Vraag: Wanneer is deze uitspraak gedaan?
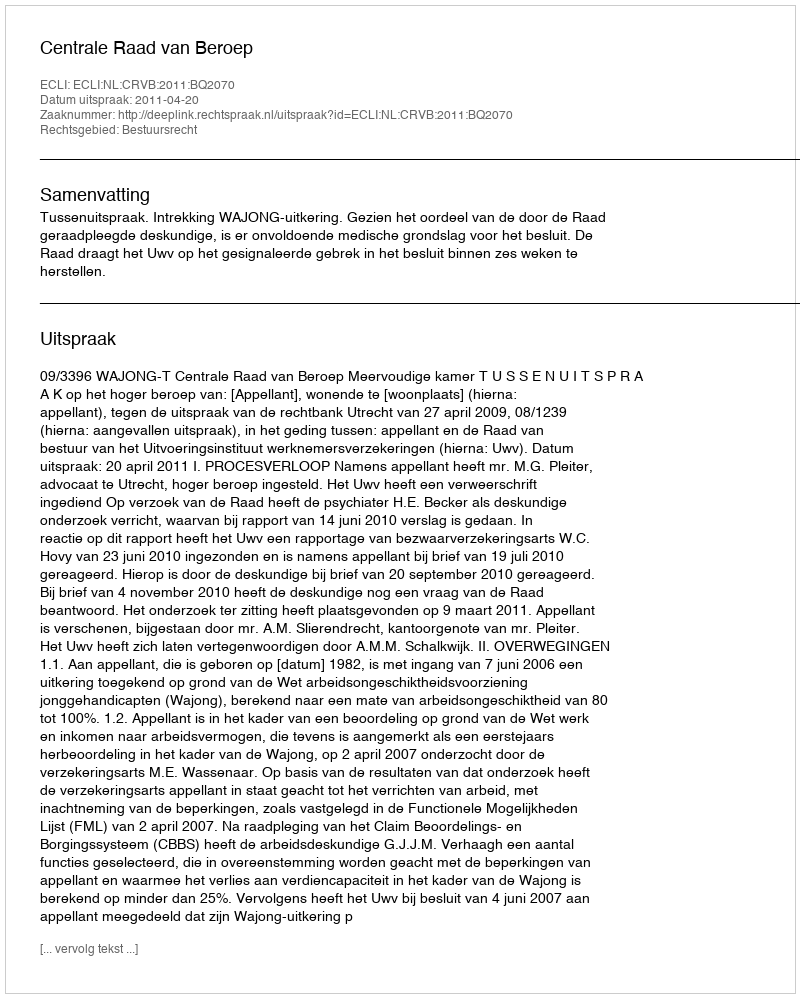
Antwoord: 2011-04-20